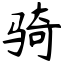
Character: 骑